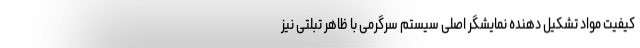
کیفیت مواد تشکیل دهنده نمایشگر اصلی سیستم سرگرمی با ظاهر تبلتی نیز